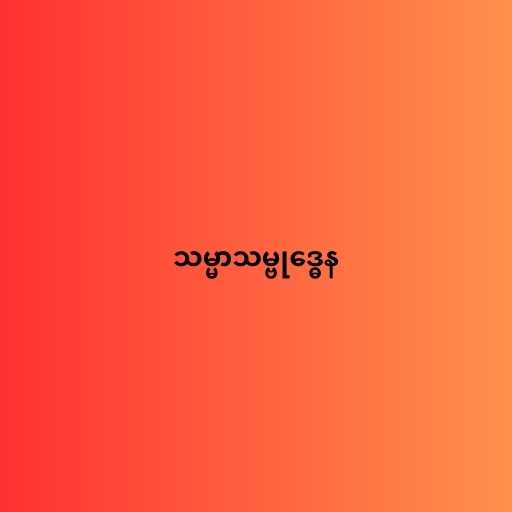
သမ္မာသမ္ဗုဒ္ဓေန